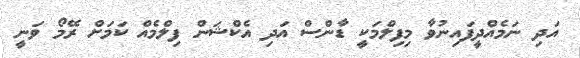
އަދި ނަމެއްދީފައިނުވާ މިފިލްމަކީ ޑާންސް އަދި އެކްޝަން ފިލްމެއް ކަމަށް ރޭމޯ ވަނީ